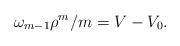
LaTeX: \begin{align*}\omega_{m-1} \rho^m / m = V- V_0.\end{align*}